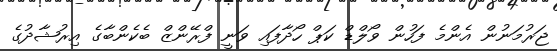
ޖަރުމަނުން އެންމެ ފަހުން ވޯލްޑް ކަޕް ހޯދާފައި ވަނީ ފްރޭންޒް ބެކެންބާގެ އިރުޝާދުގެ